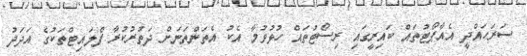
ސަރަހައްދީ އެއާޕޯޓުތައް ކައިރީގައި ރިސޯޓުތައް ހުޅުވުމާ އެކު އެތަންތަނަށް ދަތުރުކުރާ ފްލައިޓްތަކުގެ އަދަދު